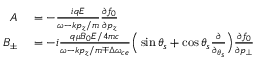
\begin{array} { r l } { A } & { { } = - \frac { i q E } { \omega - k p _ { z } / m } \frac { \partial f _ { 0 } } { \partial p _ { z } } } \\ { B _ { \pm } } & { { } = - i \frac { q \mu B _ { 0 } E / 4 m c } { \omega - k p _ { z } / m \mp \Delta \omega _ { c e } } \Big ( \sin \theta _ { s } + \cos \theta _ { s } \frac { \partial } { \partial _ { \theta _ { s } } } \Big ) \frac { \partial f _ { 0 } } { \partial p _ { \bot } } } \end{array}